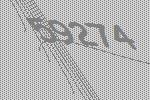
59274